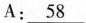
A: \underline{58}